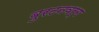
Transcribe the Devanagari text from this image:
बुरटनवर्ग